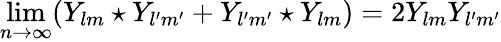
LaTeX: \operatorname*{lim}_{n\to\infty}(Y_{lm}\star Y_{l^{\prime}m^{\prime}}+Y_{l^{\prime}m^{\prime}}\star Y_{lm})=2Y_{lm}Y_{l^{\prime}m^{\prime}}